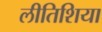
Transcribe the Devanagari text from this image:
लीतिशिया